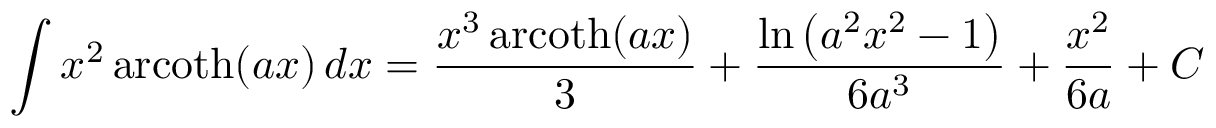
\int x ^ { 2 } \operatorname { a r c o t h } ( a x ) \, d x = { \frac { x ^ { 3 } \operatorname { a r c o t h } ( a x ) } { 3 } } + { \frac { \ln \left( a ^ { 2 } x ^ { 2 } - 1 \right) } { 6 a ^ { 3 } } } + { \frac { x ^ { 2 } } { 6 a } } + C